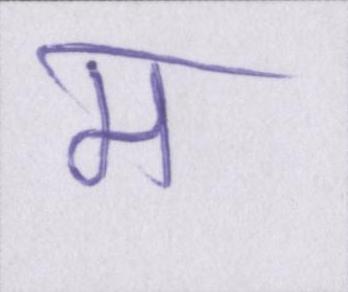
म